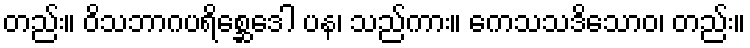
တည်း။ ဝိသဘာဂပရိစ္ဆေဒေါ ပန၊ သည်ကား။ ကေသသဒိသောဝ၊ တည်း။